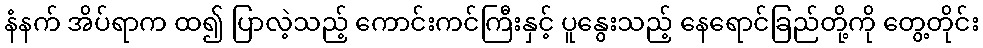
နံနက် အိပ်ရာက ထ၍ ပြာလဲ့သည့် ကောင်းကင်ကြီးနှင့် ပူနွေးသည့် နေရောင်ခြည်တို့ကို တွေ့တိုင်း